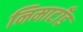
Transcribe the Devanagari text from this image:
निमाटाँड